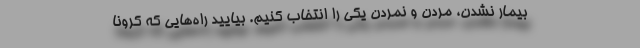
بیمار نشدن، مُردن و نمردن یکی را انتخاب کنیم. بیایید راه‌هایی که کرونا